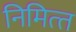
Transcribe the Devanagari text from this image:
निमित्‍त